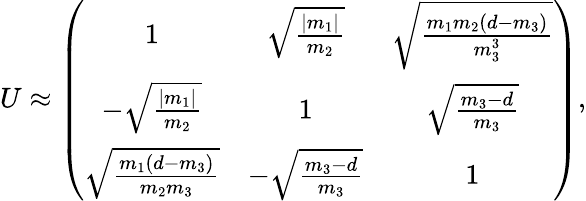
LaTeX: U\approx\left(\begin{array}{ccc}{{1}}&{{\sqrt{\frac{|m_{1}|}{m_{2}}}}}&{{\sqrt{\frac{m_{1}m_{2}(d-m_{3})}{m_{3}^{3}}}}}\\ {{-\sqrt{\frac{|m_{1}|}{m_{2}}}}}&{{1}}&{{\sqrt{\frac{m_{3}-d}{m_{3}}}}}\\ {{\sqrt{\frac{m_{1}(d-m_{3})}{m_{2}m_{3}}}}}&{{-\sqrt{\frac{m_{3}-d}{m_{3}}}}}&{{1}}\end{array}\right),